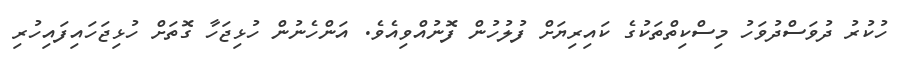
ހުކުރު ދުވަސްދުވަހު މިސްކިތްތަކުގެ ކައިރިޔަށް ފުލުހުން ފޮނުއްވިއެވެ. އަންހެނުން ހުޅިޖަހާ ގޮތަށް ހުޅިޖަހައިފައިހުރި